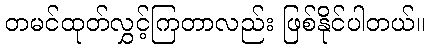
တမင်ထုတ်လွှင့်ကြတာလည်း ဖြစ်နိုင်ပါတယ်။